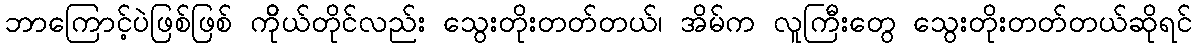
ဘာကြောင့်ပဲဖြစ်ဖြစ် ကိိုယ်တိုင်လည်း သွေးတိုးတတ်တယ်၊ အိမ်က လူကြီးတွေ သွေးတိုးတတ်တယ်ဆိုရင်